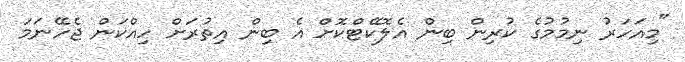
"މިއަހަރު ނިމުމުގެ ކުރިން ބިން އެލޮކޭޓްކޮށް އެ ބިން އިތުރަށް ހިއްކަން ޖެހޭނަމަ